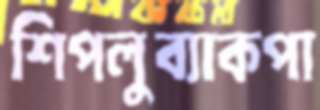
শিপলুব্যাকপা